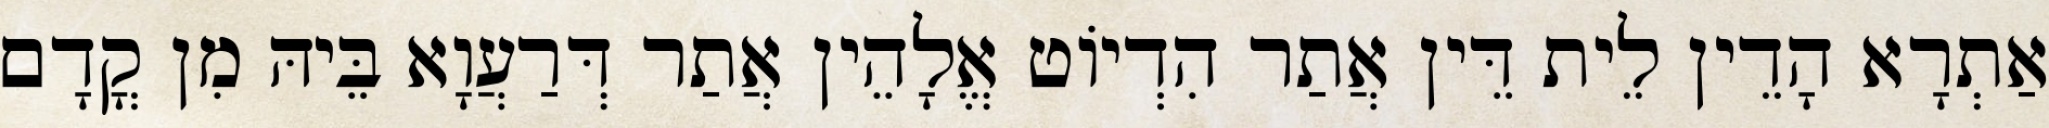
אַתְרָא הָדֵין לֵית דֵּין אֲתַר הִדְיוֹט אֱלָהֵין אֲתַר דְּרַעֲוָא בֵּיהּ מִן קֳדָם